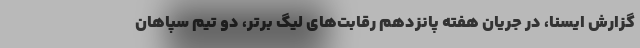
گزارش ایسنا، در جریان هفته پانزدهم رقابت‌های لیگ برتر، دو تیم سپاهان